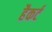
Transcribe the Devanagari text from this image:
हैकर्ट